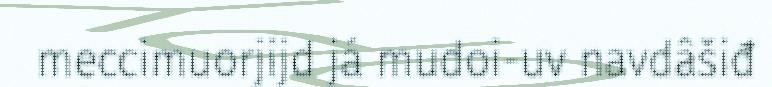
meccimuorjijd já mudoi-uv navdâšiđ